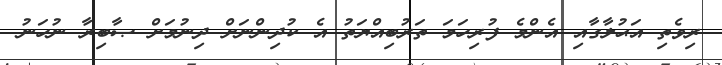
ރިވެތި އަޙުލާގާއި އެންމެ ފުރިހަމަ ތަރުބިއްޔަތު އެ ކުދިންނަށް ދިނުމަށް ޞާބިރާ ނުހަނު